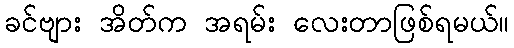
ခင်ဗျား အိတ်က အရမ်း လေးတာဖြစ်ရမယ်။